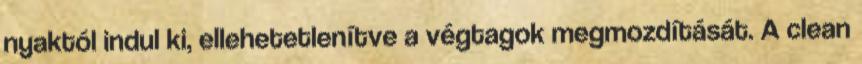
nyaktól indul ki, ellehetetlenítve a végtagok megmozdítását. A clean